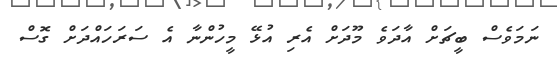
ނަމަވެސް ބީޗަށް އާދަވެ މޫދަށް އެރި އުޅޭ މީހުންނާ އެ ސަރަހައްދަށް ގޮސް